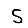
Digit: 5